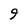
Character: 9